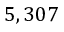
5 , 3 0 7